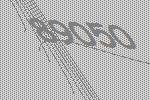
89050